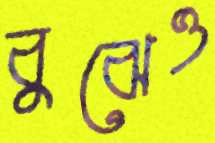
বুঝেও